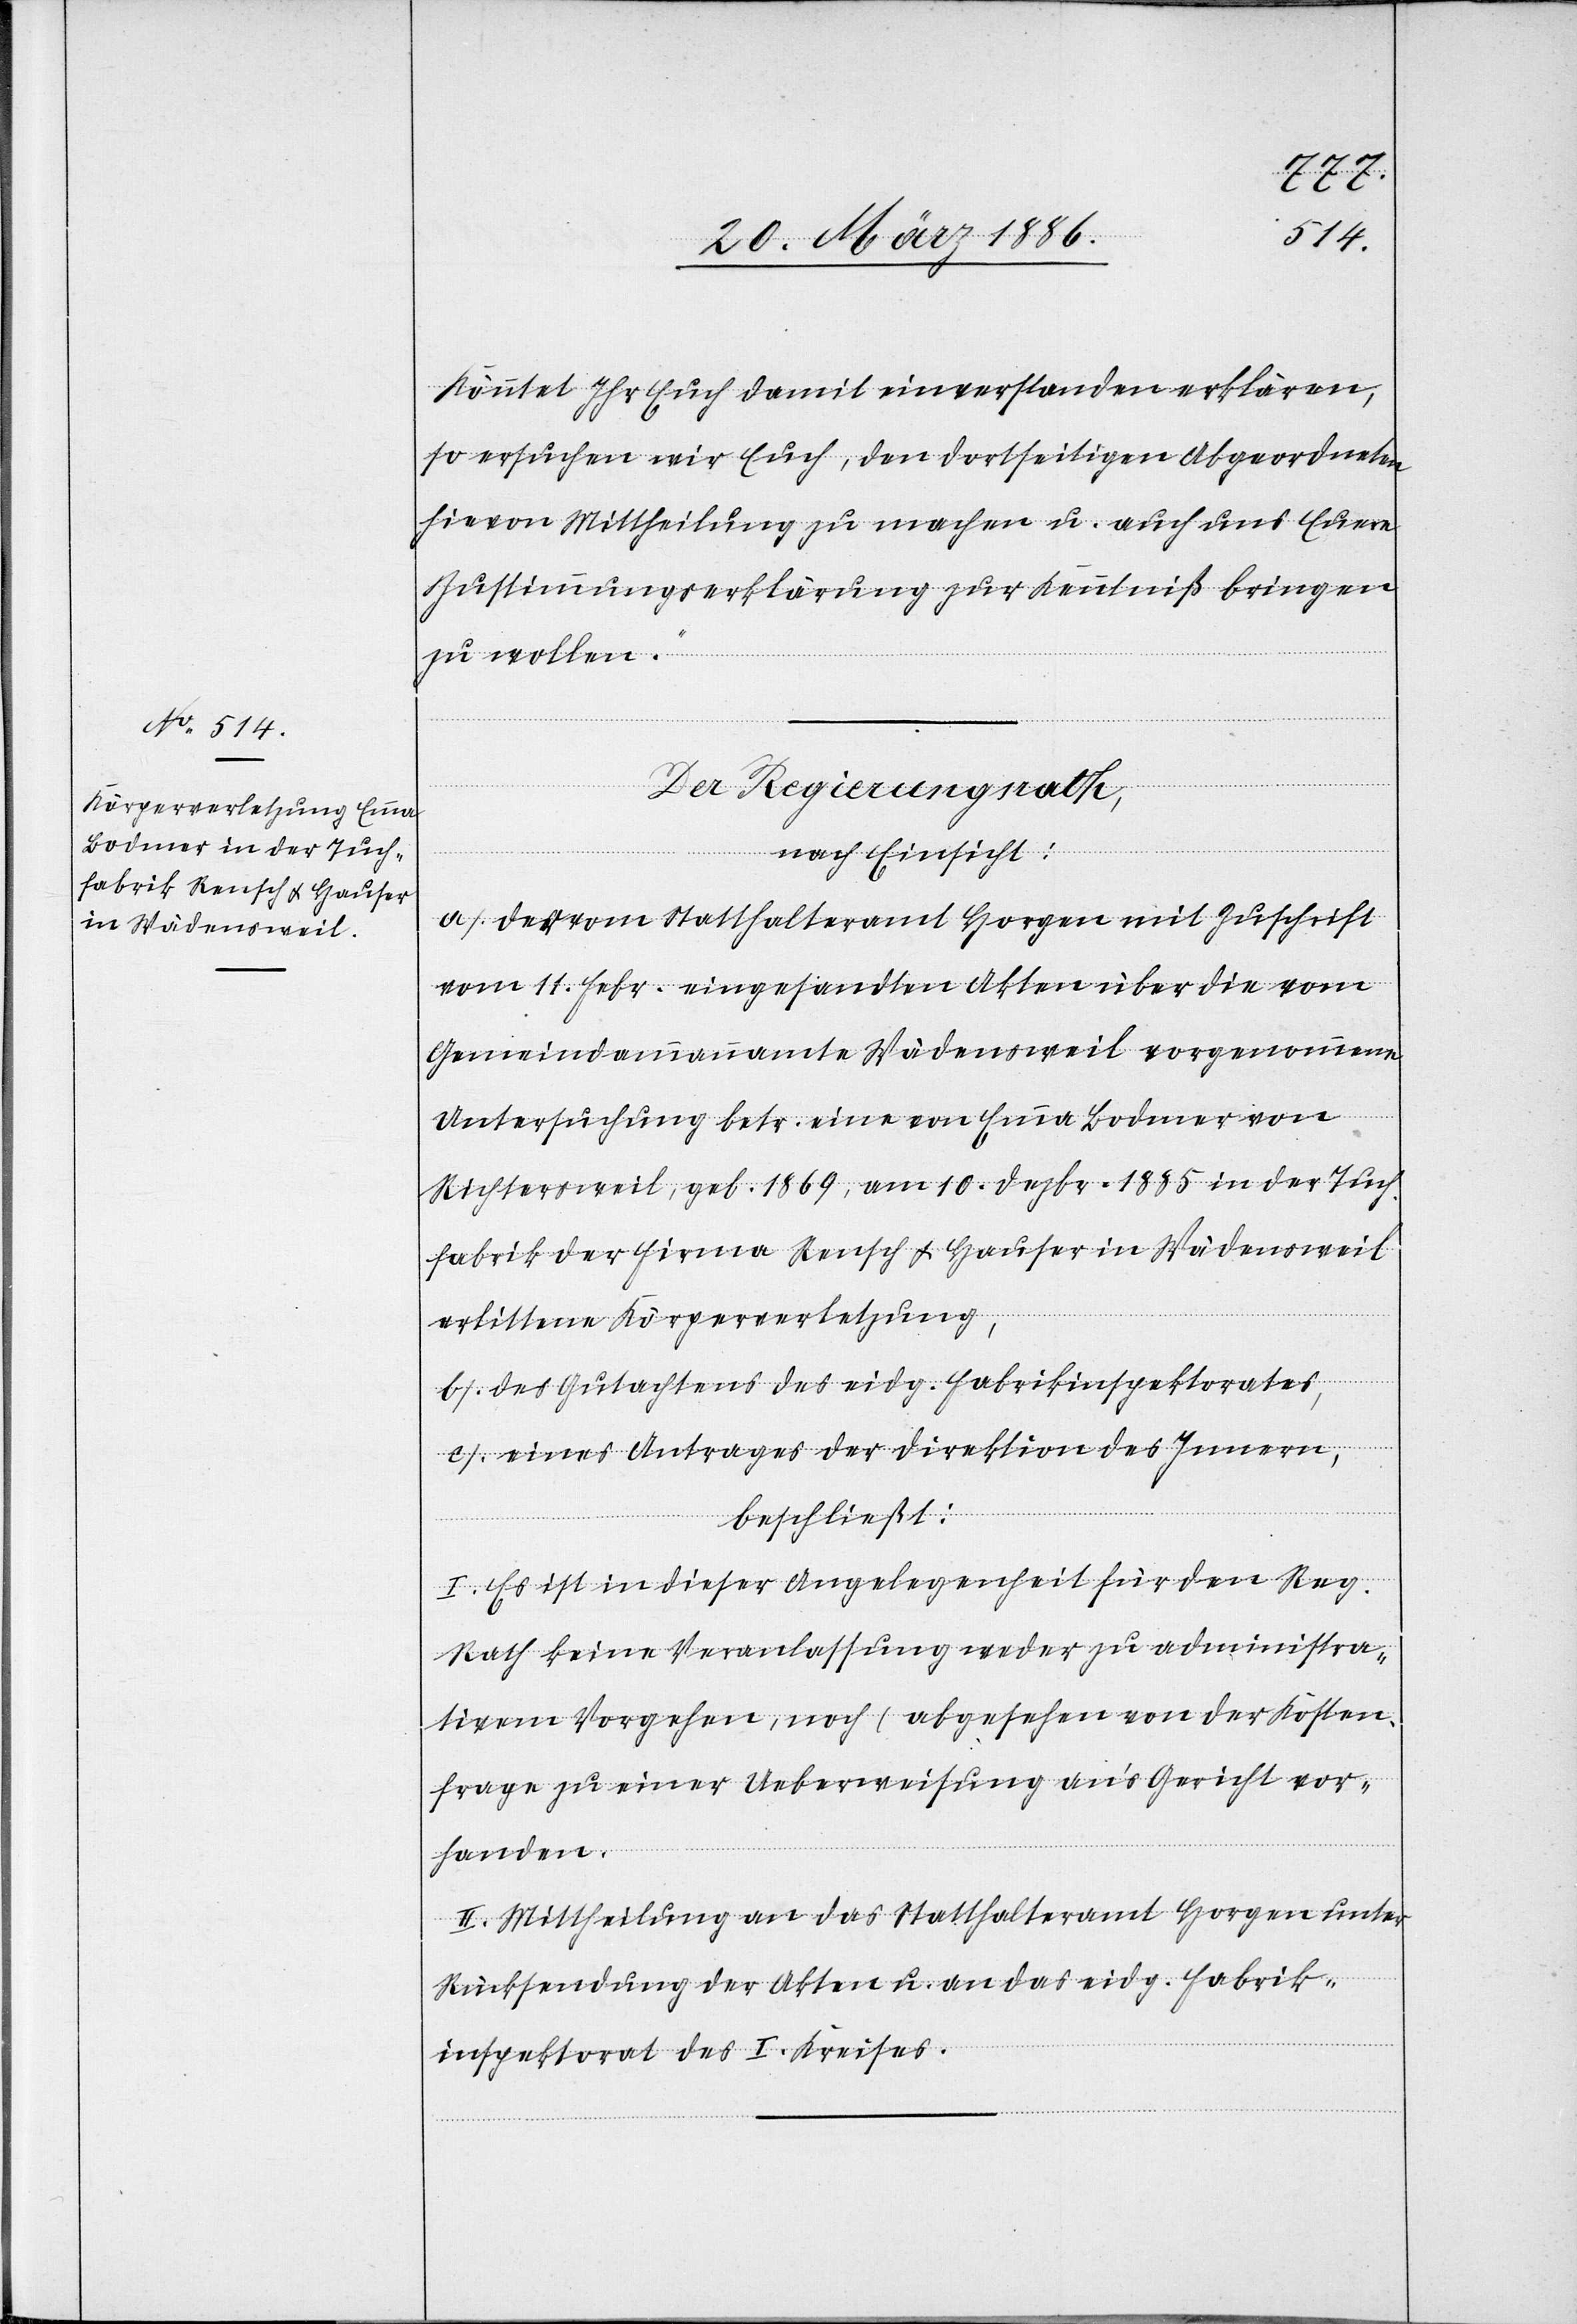
Könntet Ihr Euch damit einverstanden erklären,
so ersuchen wir Euch, den dortseitigen Abgeordneten
hievon Mittheilung zu machen u. auch uns Euere
Zustimmungserklärung zu Kenntniß bringen
zu wollen.“
Der Regierungsrath,
nach Einsicht:
a) Der vom Statthalteramt Horgen mit Zuschrift
vom 11. Febr. eingesandten Akten über die vom
Gemeindeammannamte Wädensweil vorgenommene
Untersuchung betr. eine von Emma Bodmer von
Richtersweil, geb. 1869, am 10. Dezbr. 1885 in der Tuc¬
hfabrik der Firma Rensch & Hauer in Wädensweil
erlittene Körperverletzung,
b) des Gutachtens des eidg. Fabrikinspektorates,
c) eines Antrages der Direktion des Innern,
beschließt:
I. Es ist in dieser Angelegenheit für den Reg.
Rath keine Veranlassung weder zu administra¬
tiven Vorgehen, noch (abgesehen von der Kosten¬
frage) zu einer Ueberweisung an’s Gericht vor¬
handen.
II. Mittheilung an das Statthalteramt Horgen unter
Rücksendung der Akten u. an das eidg. Fabrik¬
inspektorat des I. Kreises.